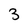
Character: 3